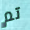
تم